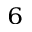
^ 6